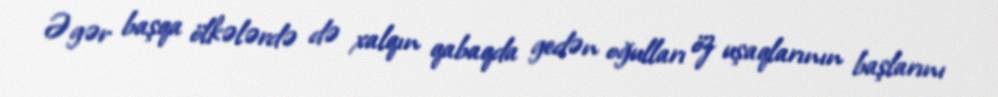
Əgər başqa ölkələrdə də xalqın qabaqda gedən oğulları öz uşaqlarının başlarını